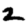
Digit: 2